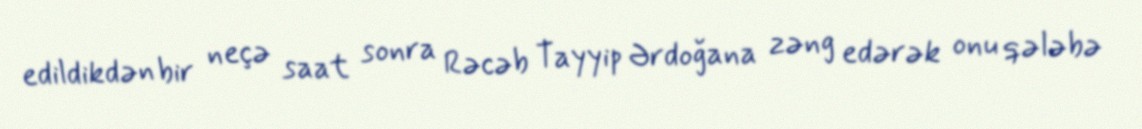
edildikdən bir neçə saat sonra Rəcəb Tayyip Ərdoğana zəng edərək onu qələbə